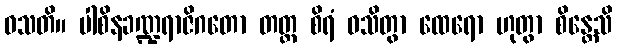
ဝသတိ။ ပါစိနခဏ္ဍရာဇိဂတော တတ္ထ စိရံ ဝသိတွာ ထေရော ဟုတွာ စိန္တေသိ